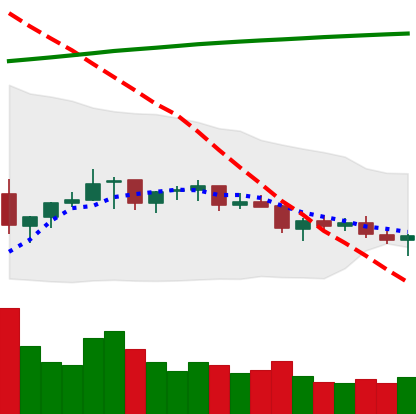
Ticker: TRX-USD
Chart end date: 2021-07-14
Forward return: -10.723%
Label: down_7plus